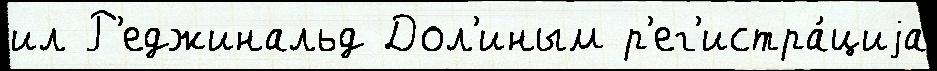
ил Р'еджинальд Дол'иным р'ег'истра́циjа